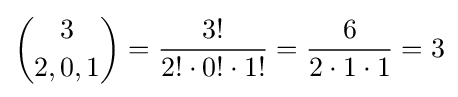
{3 \choose 2,0,1}={\frac {3!}{2!\cdot 0!\cdot 1!}}={\frac {6}{2\cdot 1\cdot 1}}=3